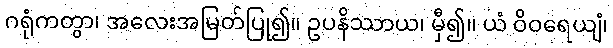
ဂရုံကတွာ၊ အလေးအမြတ်ပြု၍။ ဥပနိဿာယ၊ မှီ၍။ ယံ ဝိဝရေယျံ၊